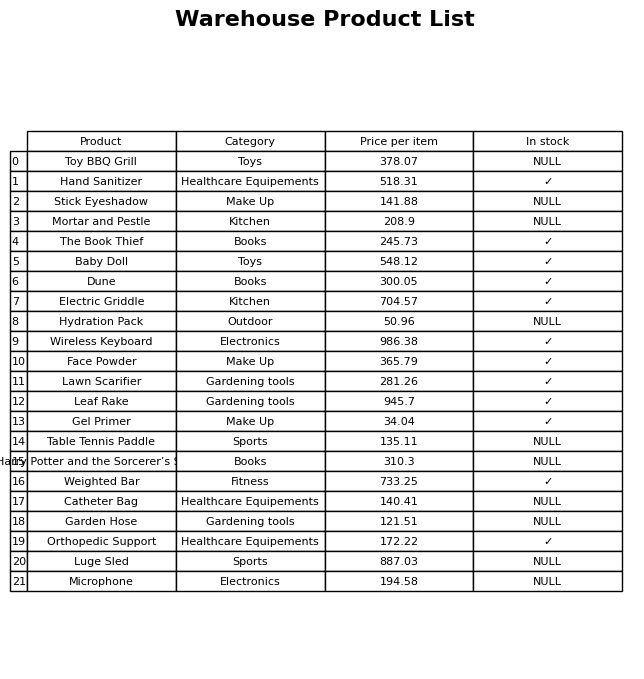
question: What is the stock status of the Baby Doll?
answer: ✓